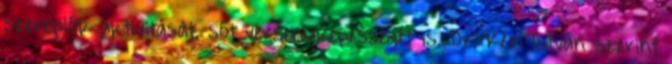
szereplôk aktivitását, sôt versenyképességét is. Dr. Kéri István szerint